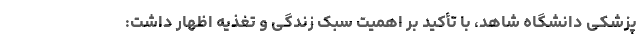
پزشکی دانشگاه شاهد، با تأکید بر اهمیت سبک زندگی و تغذیه اظهار داشت: